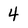
Character: 4